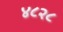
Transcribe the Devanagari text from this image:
४८२८